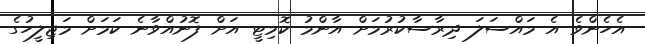
އެހެންވެ އެ މައްސަލަ ދިރާސާކުރުމަށް އާންމު ކޮމިޓީ އަށް ފޮނުއްވާނެ ކަމަށް މަޖިލީހުގެ